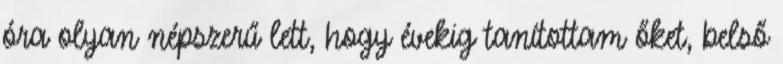
óra olyan népszerű lett, hogy évekig tanítottam őket, belső